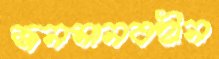
জনমানবহীন